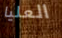
العليا